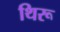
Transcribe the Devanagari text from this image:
थिरू